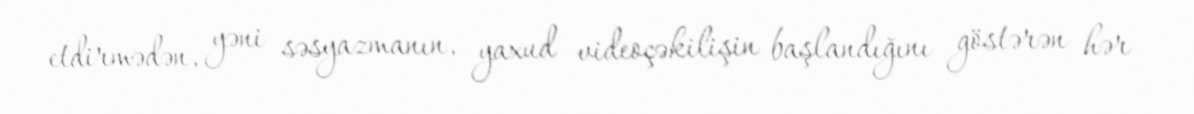
etdirmədən, yəni səsyazmanın, yaxud videoçəkilişin başlandığını göstərən hər